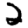
Digit: 2